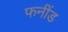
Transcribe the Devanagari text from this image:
फनींड